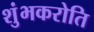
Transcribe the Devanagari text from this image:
शुंभकरोति